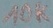
Text: 10K